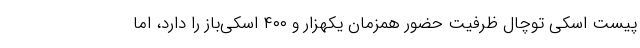
پیست اسکی توچال ظرفیت حضور همزمان یکهزار و ۴۰۰ اسکی‌باز را دارد، اما